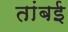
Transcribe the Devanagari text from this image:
तांबई